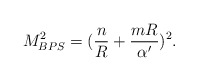
\begin{align*}M^2_{BPS}=({n\over R}+{mR\over\alpha^\prime})^2. \end{align*}